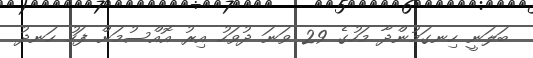
ބަލަނީ ހިނގަމުންދާ މަހުގެ 29 ވަނަ ދުވަހު އިރު އޮއްސުމަށް ފަހު ހަނދު